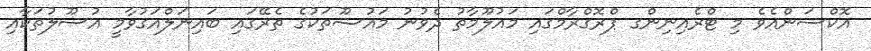
އޮކްސަންއެވެ މި ޓްރެއިނިންގ ޕްރޮގްރާމްގައި މައުލޫމާތު ދެވުނު މައުޟޫތަކުގެ ތެރޭގައި ބައިނަލްއަގުވާމީ އުސޫލުތަކާއި